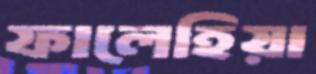
ফালেহিয়া